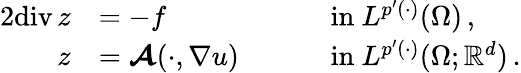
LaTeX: \begin{array}{rlrl}{{2}\textup{div}\, z}&{=-f}&&{\quad\mathrm{~in~}L^{p^{\prime}(\cdot)}(\Omega)\, ,}\\ {z}&{=\boldsymbol{\mathcal{A}}(\cdot,\nabla u)}&&{\quad\mathrm{~in~}\smash{L^{p^{\prime}(\cdot)}(\Omega;\mathbb{R}^{d})}\, .}\end{array}